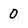
Character: 0